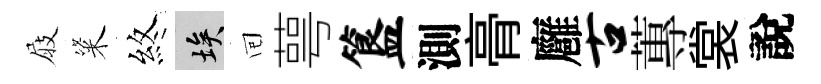
屐粢煞埃囘萼簋測𮌔廱古蓴裳說